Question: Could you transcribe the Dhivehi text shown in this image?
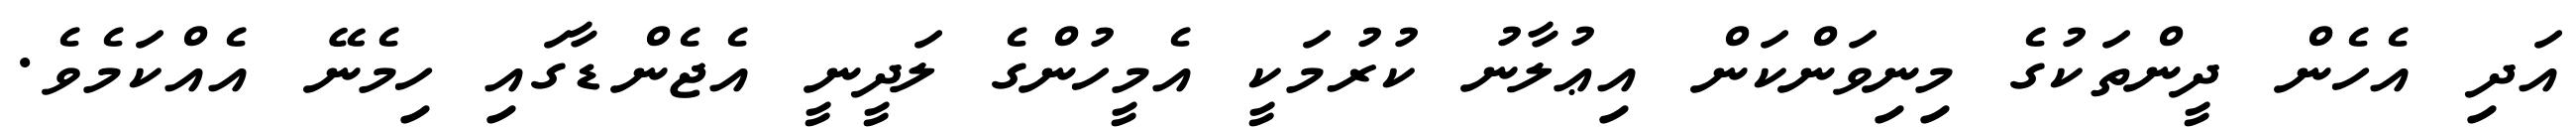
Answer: އަދި އެހެން ދީންތަކުގެ މިނިވަންކަން އިޢުލާނު ކުރުމަކީ އެމީހުންގެ ލަދީނީ އެޖެންޑާގައި ހިމެނޭ އެއްކަމެވެ.